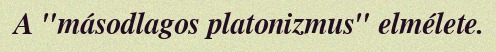
A "másodlagos platonizmus" elmélete.